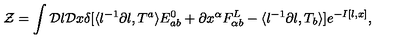
{ \cal Z } = \int { \cal D } l { \cal D } x \delta [ \langle l ^ { - 1 } \partial l , T ^ { a } \rangle E _ { a b } ^ { 0 } + \partial x ^ { \alpha } F _ { \alpha b } ^ { L } - \langle l ^ { - 1 } \partial l , T _ { b } \rangle ] e ^ { - I [ l , x ] } ,